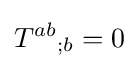
T^{ab}{}_{;b}=0